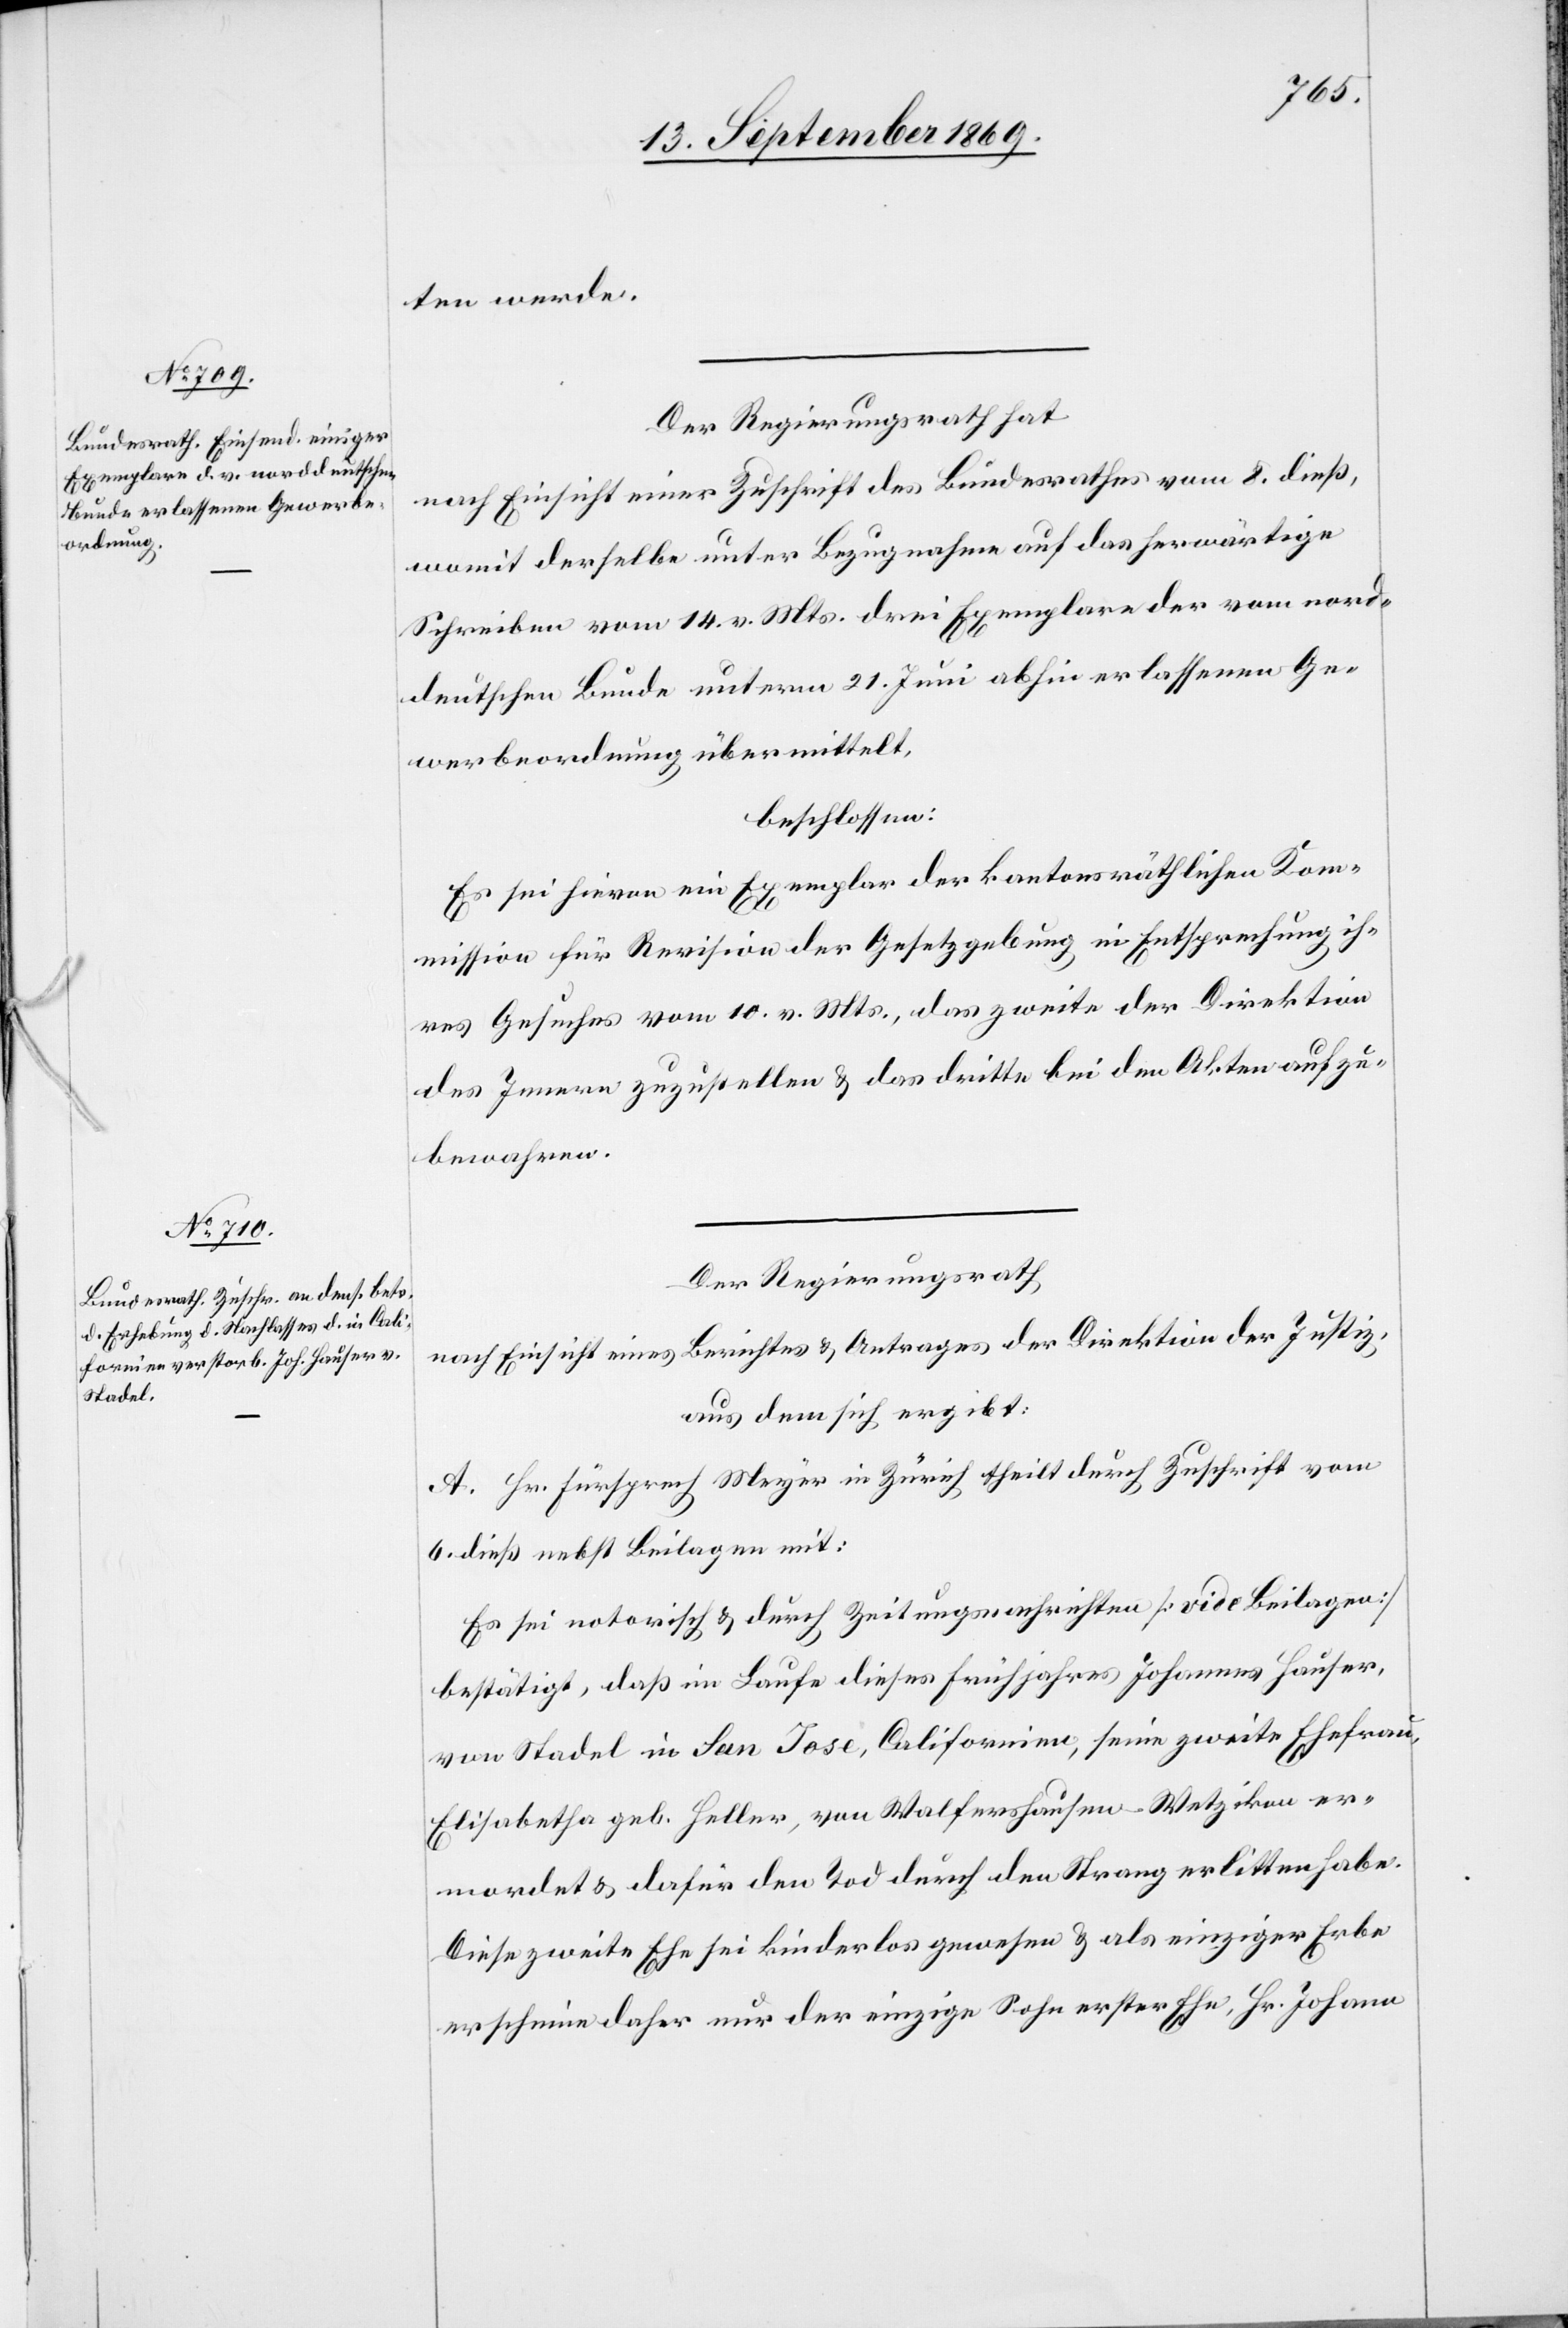
ten werde.
Der Regierungsrath hat
nach Einsicht einer Zuschrift des Bundesrathes vom 8. dieß,
womit derselbe unter Bezugnahme auf das herwärtige
Schreiben vom 14. v. Mts. drei Exemplare der vom nord¬
deutschen Bunde unterm 21. Juni abhin erlassenen Ge¬
werbeordnung übermittelt,
beschlossen:
Es sei hievon ein Exemplar der kantonsräthlichen Kom¬
mission für Revision der Gesetzgebung in Entsprechung ih¬
res Gesuches vom 10. v. Mts., das zweite der Direktion
des Innern zuzustellen & das dritte bei den Akten aufzu¬
bewahren.
Der Regierungsrath
nach Einsicht eines Berichtes & Antrages der Direktion der Justiz,
aus dem sich ergibt:
A. Hr. Fürsprech Meyer in Zürich theilt durch Zuschrift vom
6. dieß nebst Beilagen mit:
Es sei notorisch & durch Zeitungsnachrichten [vide Beilagen]
bestätigt, daß im Laufe dieses Frühjahres Johannes Hauser
von Stadel in San Jose, Californien, seine zweite Ehefrau,
Elisabetha geb. Heller, von Walfershausen - Wetzikon er¬
mordet & dafür den Tod durch den Strang erlitten habe.
Diese zweite Ehe sei kinderlos gewesen & als einziger Erbe
erscheine daher nur der einzige Sohn erster Ehe, Hr. Johann